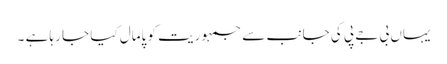
یہاں بی جے پی کی جانب سے جمہوریت کو پامال کیا جا رہا ہے ۔